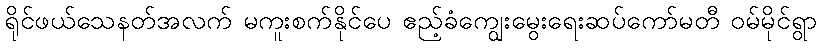
ရိုင်ဖယ်သေနတ်အလက် မကူးစက်နိုင်ပေ ဧည့်ခံကျွေးမွေးရေးဆပ်ကော်မတီ ဝမ်မိုင်ရွာ